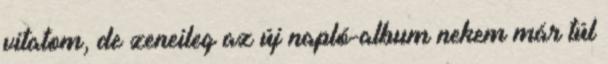
vitatom, de zeneileg az új napló-album nekem már túl